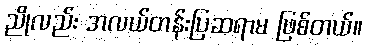
ညိုလည်း အလယ်တန်းပြဆရာမ ဖြစ်တယ်။